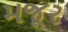
મજૂર